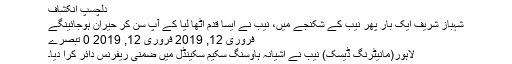
دلچسپ انکشاف
شہباز شریف ایک بار پھر نیب کے شکنجے میں، نیب نے ایسا قدم اٹھا لیا کے آپ سن کر حیران ہوجائینگے
فروری 12, 2019 فروری 12, 2019 0 تبصرے
لاہور(مانیٹرنگ ڈیسک) نیب نے آشیانہ ہاوٓسنگ سکیم سکینڈل میں ضمنی ریفرنس دائر کرا دیا۔